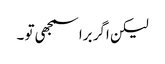
لیکن اگر برا سمجھی تو ۔